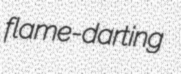
flame-darting